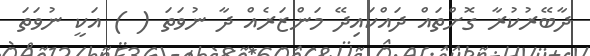
ދާބޭރުކުރާ ގޮށްތައް ދައްކައިދޭ މަންޒަރެއް ދާ ނުވަތަ ( ) އަކީ ނުވަތަ